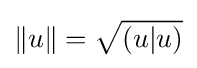
\|u\|={\sqrt {(u|u)}}